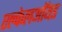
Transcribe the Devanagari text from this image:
एल्केलऑयड